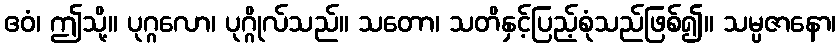
ဧဝံ၊ ဤသို့။ ပုဂ္ဂလော၊ ပုဂ္ဂိုလ်သည်။ သတော၊ သတိနှင့်ပြည့်စုံသည်ဖြစ်၍။ သမ္ပဇာနော၊